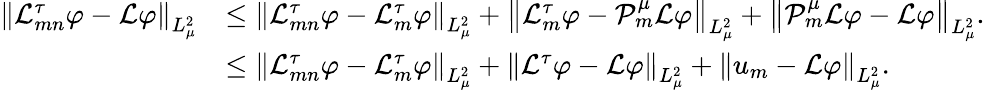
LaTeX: \begin{array}{rl}{\left\| \mathcal{L}_{mn}^{\tau}\varphi-\mathcal{L}\varphi\right\| _{L_{\mu}^{2}}}&{\leq\left\| \mathcal{L}_{mn}^{\tau}\varphi-\mathcal{L}_{m}^{\tau}\varphi\right\| _{L_{\mu}^{2}}+\left\| \mathcal{L}_{m}^{\tau}\varphi-\mathcal{P}_{m}^{\mu}\mathcal{L}\varphi\right\| _{L_{\mu}^{2}}+\left\| \mathcal{P}_{m}^{\mu}\mathcal{L}\varphi-\mathcal{L}\varphi\right\| _{L_{\mu}^{2}}.}\\ &{\leq\left\| \mathcal{L}_{mn}^{\tau}\varphi-\mathcal{L}_{m}^{\tau}\varphi\right\| _{L_{\mu}^{2}}+\left\| \mathcal{L}^{\tau}\varphi-\mathcal{L}\varphi\right\| _{L_{\mu}^{2}}+\left\| u_{m}-\mathcal{L}\varphi\right\| _{L_{\mu}^{2}}.}\end{array}